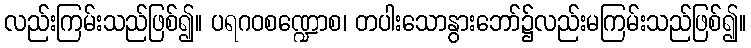
လည်းကြမ်းသည်ဖြစ်၍။ ပရဂဝစဏ္ဍောစ၊ တပါးသောနွားဘော်၌လည်းမကြမ်းသည်ဖြစ်၍။